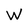
Character: W